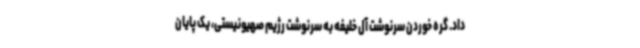
داد. گره خوردن سرنوشت آل خلیفه به سرنوشت رژیم صهیونیستی، یک پایان